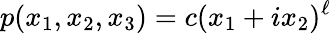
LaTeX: p(x_{1},x_{2},x_{3})=c(x_{1}+ix_{2})^{\ell}